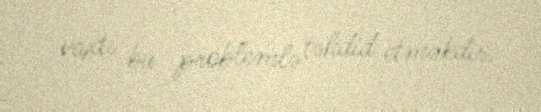
vaxtı bu problemlə təhdid etməkdir.